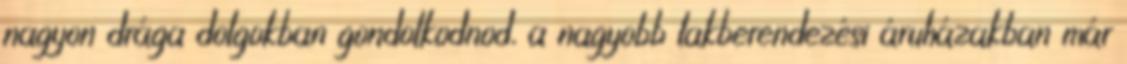
nagyon drága dolgokban gondolkodnod, a nagyobb lakberendezési áruházakban már